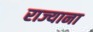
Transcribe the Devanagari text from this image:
राज्याना